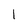
Character: 1